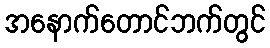
အနောက်တောင်ဘက်တွင်